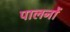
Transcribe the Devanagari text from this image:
पालनों